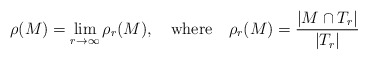
\begin{align*}\rho(M) = \lim_{r\to\infty} \rho_r(M), \ \ \ \mbox{where} \ \ \ \rho_r(M) = \frac{|M \cap T_r|} {|T_r|}\end{align*}